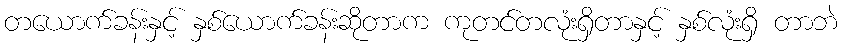
တယောက်ခန်းနှင့် နှစ်ယောက်ခန်းဆိုတာက ကုတင်တလုံးရှိတာနှင့် နှစ်လုံးရှိ တာဘဲ